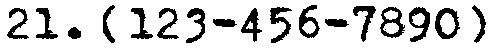
21. [123-456-7890]